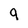
Character: 9